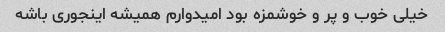
خیلی خوب و پر و خوشمزه بود امیدوارم همیشه اینجوری باشه